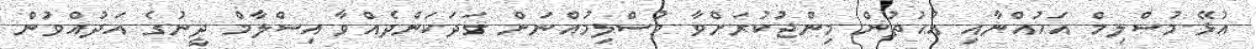
އުޅޭ މުސްލިމް އަޙުއްނާއި އުޙުތުން މިންޖުކުރަށްވާ މުސްލިމުއްނަށް ގަދަކަންދެއްވާ އިސްލާމް ދީނުގެ އަދުއްވުން